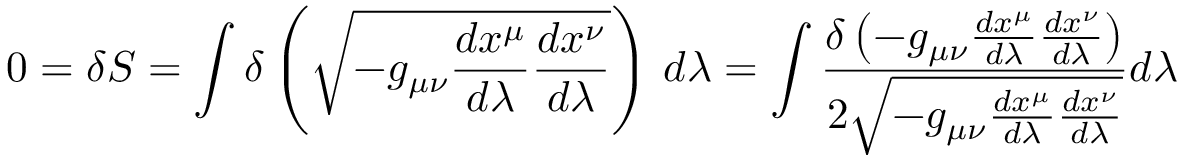
0 = \delta S = \int \delta \left( { \sqrt { - g _ { \mu \nu } { \frac { d x ^ { \mu } } { d \lambda } } { \frac { d x ^ { \nu } } { d \lambda } } } } \right) \, d \lambda = \int { \frac { \delta \left( - g _ { \mu \nu } { \frac { d x ^ { \mu } } { d \lambda } } { \frac { d x ^ { \nu } } { d \lambda } } \right) } { 2 { \sqrt { - g _ { \mu \nu } { \frac { d x ^ { \mu } } { d \lambda } } { \frac { d x ^ { \nu } } { d \lambda } } } } } } d \lambda